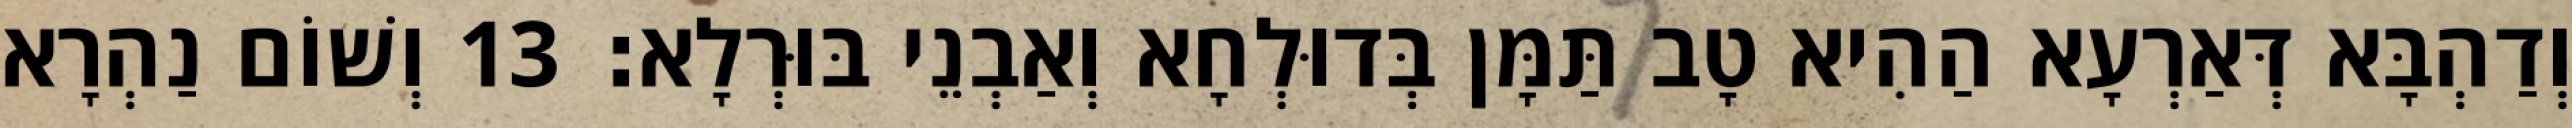
וְדַהְבָּא דְּאַרְעָא הַהִיא טָב תַּמָּן בְּדוּלְחָא וְאַבְנֵי בּוּרְלָא׃ 13 וְשׁוֹם נַהְרָא